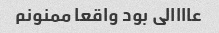
عاااالی بود واقعا ممنونم